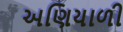
અણિયાળી